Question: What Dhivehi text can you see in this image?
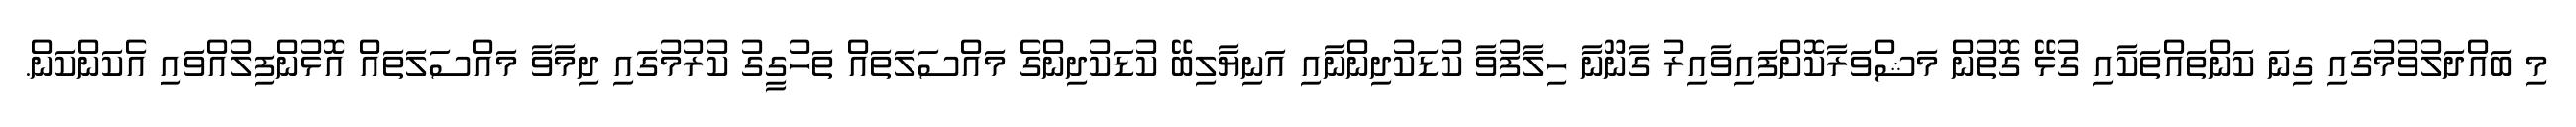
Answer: މި ބައްދަލުވުމުގައި ގިނަ ކަންތައްތަކާއި ގުޅޭ ގޮތުން މަޝްވަރާކޮށްފައިވާއިރު ގާނޫނާ ހިލާފުވާ ކުޑަކުދިންނާއި އަނިޔާލިބޭ ކުޑަކުދިންގެ މައްސަލަތައް ތަހުގީގު ކުރުމުގައި ދިމާވާ މައްސަލަތައް އޮޅުންފިލުއްވައި އެކަންކަން.